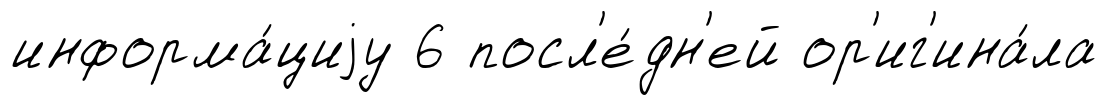
информа́циjу 6 посл'е́дн'ей ор'иг'ина́ла